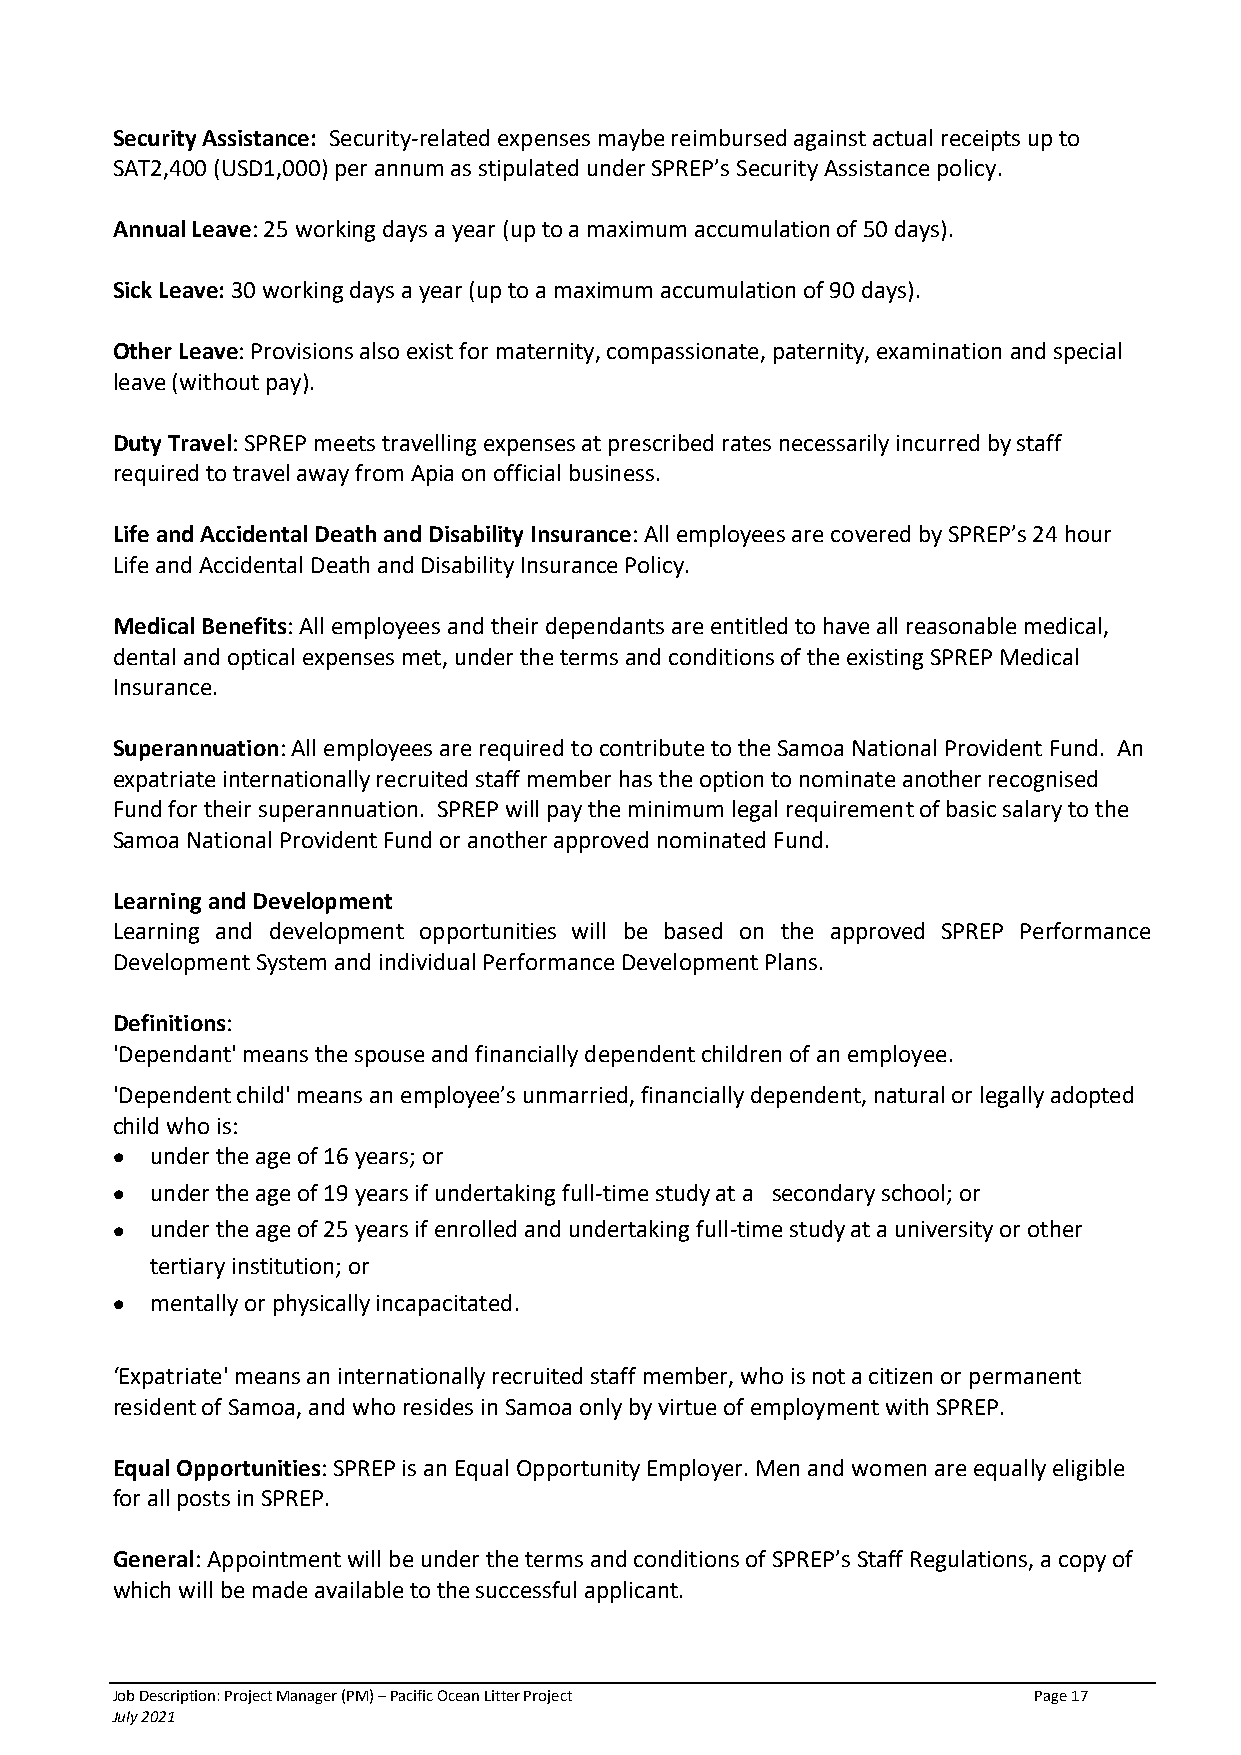
Security Assistance: Security-related expenses maybe reimbursed against actual receipts up to
 SAT2,400 (USD1,000) per annum as stipulated under SPREP’s Security Assistance policy.
 Annual Leave: 25 working days a year (up to a maximum accumulation of 50 days).
 Sick Leave: 30 working days a year (up to a maximum accumulation of 90 days).
 Other Leave: Provisions also exist for maternity, compassionate, paternity, examination and special
 leave (without pay).
 Duty Travel: SPREP meets travelling expenses at prescribed rates necessarily incurred by staff
 required to travel away from Apia on official business.
 Life and Accidental Death and Disability Insurance: All employees are covered by SPREP’s 24 hour
 Life and Accidental Death and Disability Insurance Policy.
 Medical Benefits: All employees and their dependants are entitled to have all reasonable medical,
 dental and optical expenses met, under the terms and conditions of the existing SPREP Medical
 Insurance.
 Superannuation: All employees are required to contribute to the Samoa National Provident Fund. An
 expatriate internationally recruited staff member has the option to nominate another recognised
 Fund for their superannuation. SPREP will pay the minimum legal requirement of basic salary to the
 Samoa National Provident Fund or another approved nominated Fund.
 Learning and Development
 Learning and development opportunities will be based on the approved SPREP Performance
 Development System and individual Performance Development Plans.
 Definitions:
 'Dependant' means the spouse and financially dependent children of an employee.
 'Dependent child' means an employee’s unmarried, financially dependent, natural or legally adopted
 child who is:
 •  under the age of 16 years; or
 •  under the age of 19 years if undertaking full-time study at a secondary school; or
 •  under the age of 25 years if enrolled and undertaking full-time study at a university or other
 tertiary institution; or
 •  mentally or physically incapacitated.
 ‘Expatriate' means an internationally recruited staff member, who is not a citizen or permanent
 resident of Samoa, and who resides in Samoa only by virtue of employment with SPREP.
 Equal Opportunities: SPREP is an Equal Opportunity Employer. Men and women are equally eligible
 for all posts in SPREP.
 General: Appointment will be under the terms and conditions of SPREP’s Staff Regulations, a copy of
 which will be made available to the successful applicant.
 Job Description: Project Manager (PM) – Pacific Ocean Litter Project Page 17
 July 2021